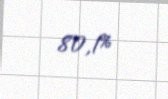
80,1%